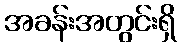
အခန်းအတွင်းရှိ